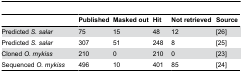
<table><thead><tr><td></td><td><b>Published</b></td><td><b>Masked out</b></td><td><b>Hit</b></td><td><b>Not retrieved</b></td><td><b>Source</b></td></tr></thead><tbody><tr><td>Predicted <i>S. salar</i></td><td>75</td><td>15</td><td>48</td><td>12</td><td> [26]</td></tr><tr><td>Predicted <i>S. salar</i></td><td>307</td><td>51</td><td>248</td><td>8</td><td> [25]</td></tr><tr><td>Cloned <i>O. mykiss</i></td><td>210</td><td>0</td><td>210</td><td>0</td><td> [23]</td></tr><tr><td>Sequenced <i>O. mykiss</i></td><td>496</td><td>10</td><td>401</td><td>85</td><td> [24]</td></tr></tbody></table>